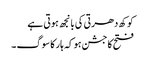
کوکھ دھرتی کی بانجھ ہوتی ہے
فتح کا جشن ہو کہ ہار کا سوگ ۔